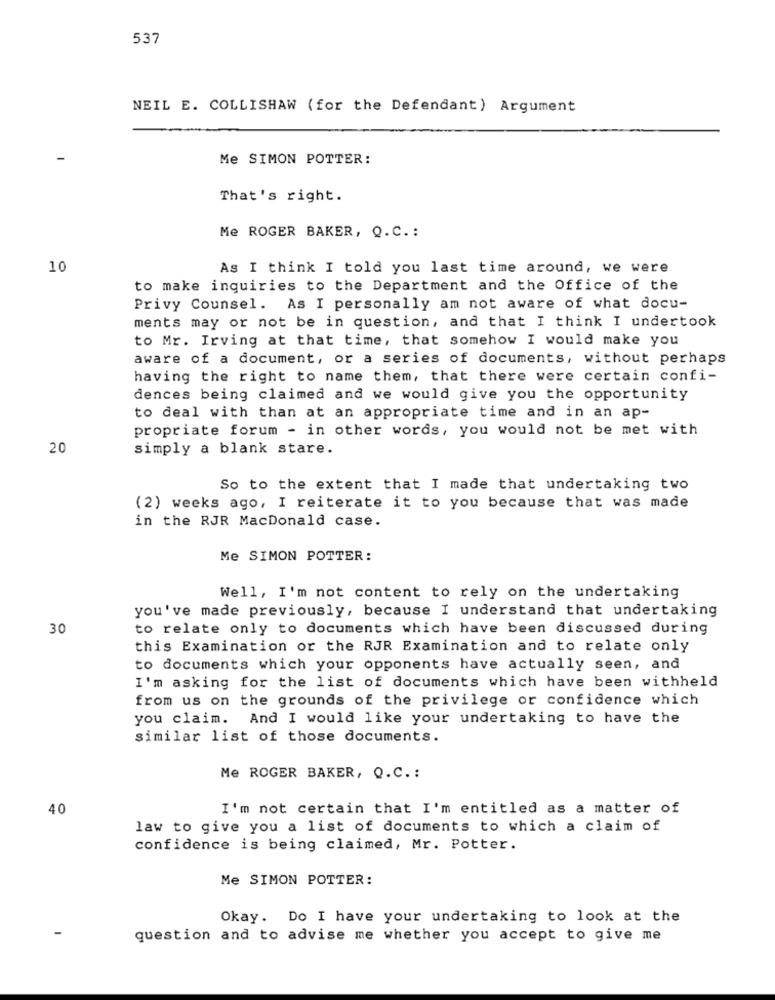
537
NEIL E. COLLISHAW (for the Defendant) Argument
Me SIMON POTTER:
That's right.
Me ROGER BAKER, Q.C .:
10
As I think I told you last time around, we were
to make inquiries to the Department and the Office of the
Privy Counsel. As I personally am not aware of what docu-
ments may or not be in question, and that I think I undertook
to Mr. Irving at that time, that somehow I would make you
aware of a document, or a series of documents, without perhaps
having the right to name them, that there were certain confi-
dences being claimed and we would give you the opportunity
to deal with than at an appropriate time and in an ap-
propriate forum - in other words, you would not be met with
20
simply a blank stare.
So to the extent that I made that undertaking two
(2) weeks ago, I reiterate it to you because that was made
in the RJR MacDonald case.
Me SIMON POTTER:
Well, I'm not content to rely on the undertaking
you've made previously, because I understand that undertaking
30
to relate only to documents which have been discussed during
this Examination or the RJR Examination and to relate only
to documents which your opponents have actually seen, and
I'm asking for the list of documents which have been withheld
from us on the grounds of the privilege or confidence which
you claim. And I would like your undertaking to have the
similar list of those documents.
Me ROGER BAKER, Q.C. :
40
I'm not certain that I'm entitled as a matter of
law to give you a list of documents to which a claim of
confidence is being claimed, Mr. Potter.
Me SIMON POTTER:
Okay. Do I have your undertaking to look at the
question and to advise me whether you accept to give me